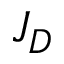
J _ { D }